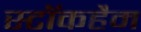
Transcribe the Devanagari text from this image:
स्टॉकहैम